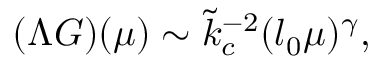
( \Lambda G ) ( \mu ) \sim \tilde { k } _ { c } ^ { - 2 } ( l _ { 0 } \mu ) ^ { \gamma } ,